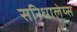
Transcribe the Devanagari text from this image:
सरिधालेय्स